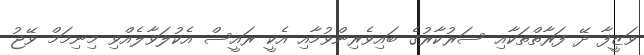
ވަޒީފާ ދޭ ފަރާތްތަކާއި ސަރުކާރުގެ ބައިވެރިންވުމާއި އެކީ ރައީސް އެކުލަވާލެއްވި މިނިމަމް ވޭޖު